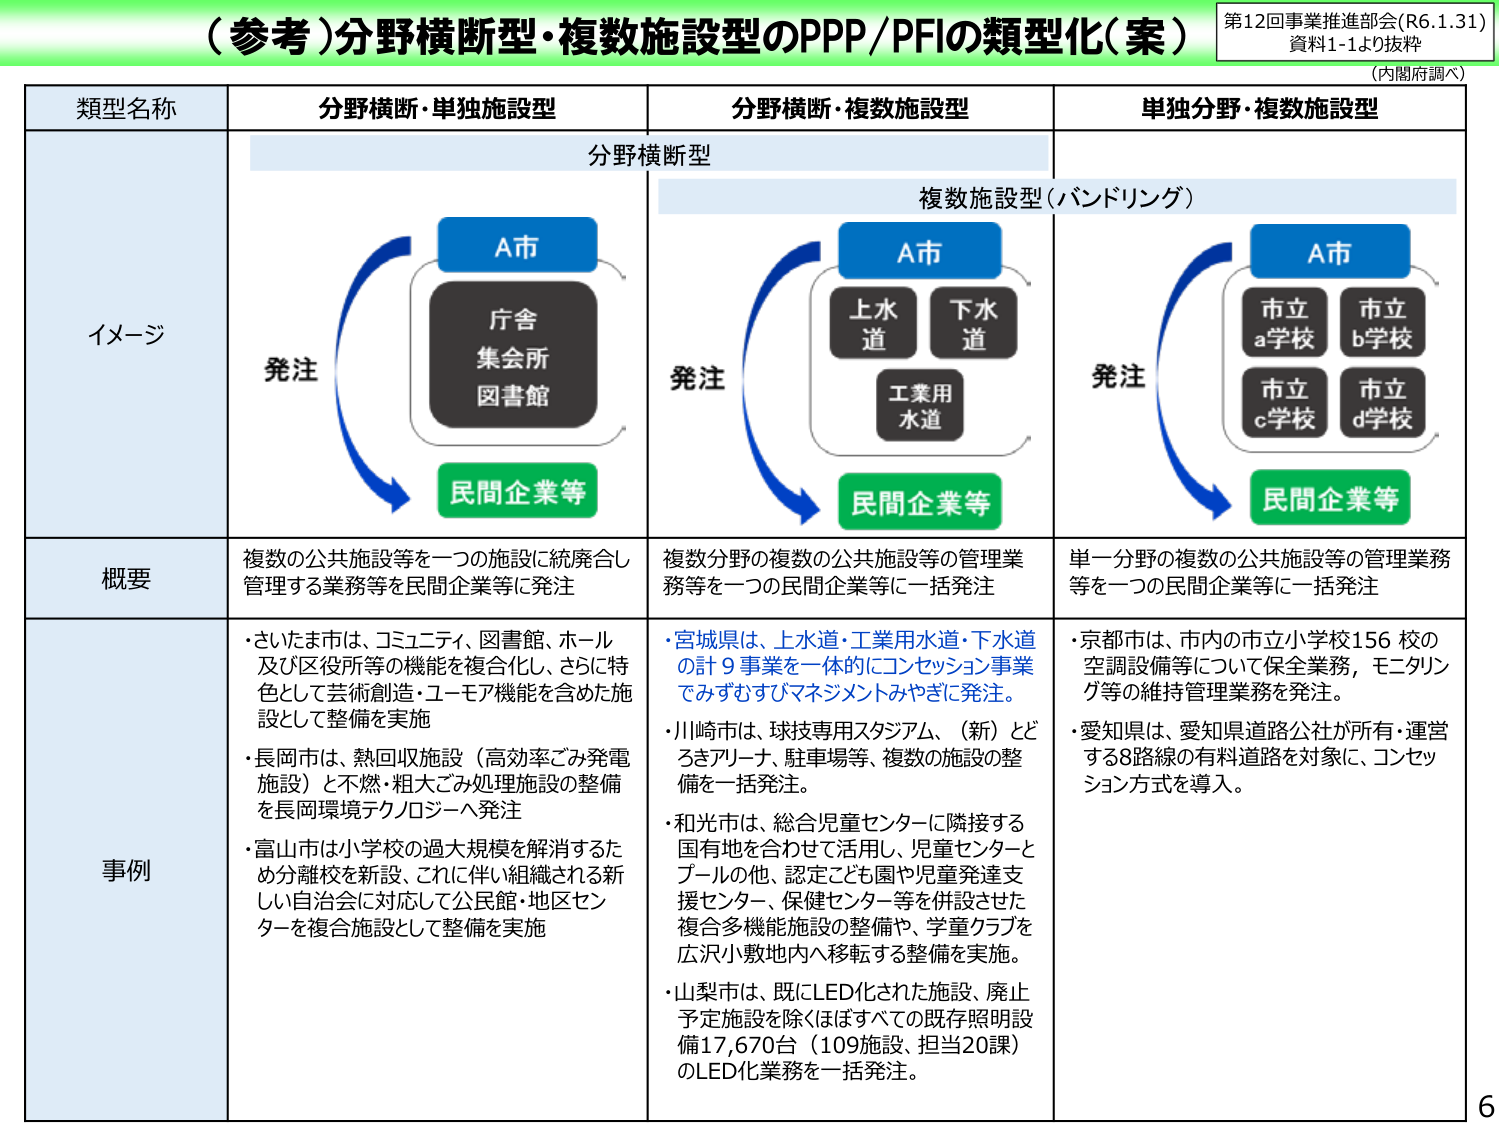
（参考）分野横断型・複数施設型のPPP/PFIの類型化（案）

第12回事業推進部会（R6.1.31）
資料1-1より抜粋
（内閣府調べ）

類型名称　　　　　　　分野横断・単独施設型　　　　　　分野横断・複数施設型　　　　　　単独分野・複数施設型

　　　　　　　　　　　　分野横断型